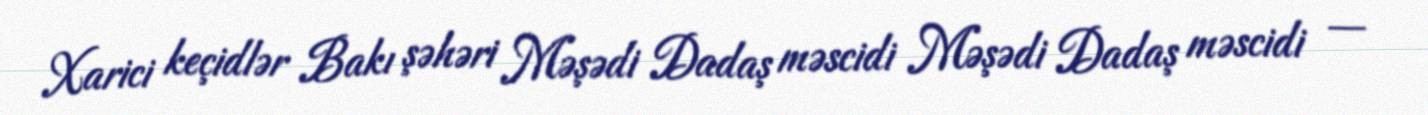
Xarici keçidlər Bakı şəhəri Məşədi Dadaş məscidi Məşədi Dadaş məscidi —